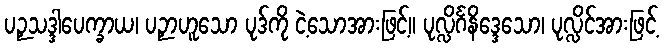
ပဉှသဒ္ဒါပေက္ခာယ၊ ပဉှာဟူသော ပုဒ်ကို ငဲ့သောအားဖြင့်။ ပုလ္လိင်္ဂနိဒ္ဒေသော၊ ပုလ္လိင်အားဖြင့်